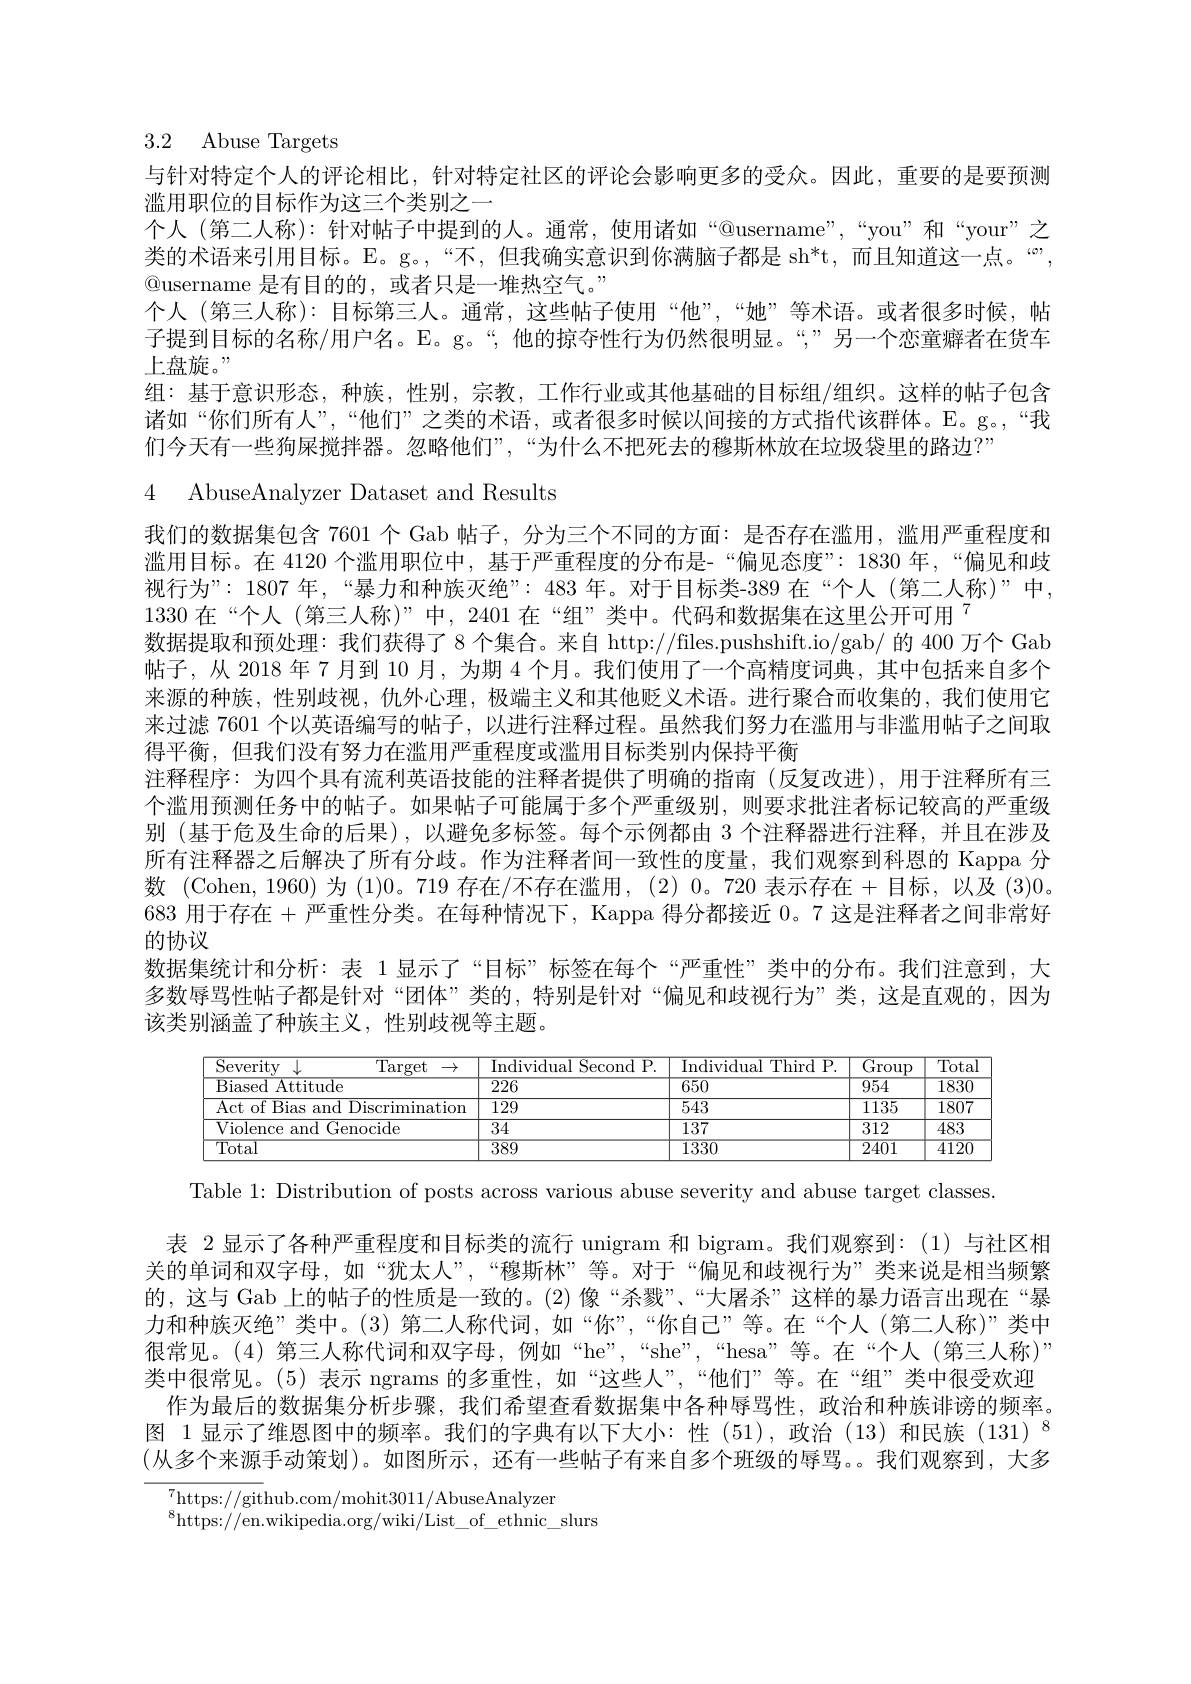
# 3.2 Abuse Targets

与针对特定个人的评论相比，针对特定社区的评论会影响更多的受众。因此，重要的是要预测
滥用职位的目标作为这三个类别之一
个人 (第二人称): 针对帖子中提到的人。通常，使用诸如“@username”,“you”和“your”之类的术语来引用目标。E。g。,“不，但我确实意识到你满脑子都是 sh*t,而且知道这一点。“”, $\textcircled{\mathrm{Q}}$username 是有目的的，或者只是一堆热空气。”
个人 (第三人称): 目标第三人。通常，这些帖子使用“他”,“她”等术语。或者很多时候，帖子提到目标的名称/用户名。E。g。“,他的掠夺性行为仍然很明显。“”另一个恋童癖者在货车上盘旋。,
组：基于意识形态，种族，性别，宗教，工作行业或其他基础的目标组/组织。这样的帖子包含诸如“你们所有人”,“他们”之类的术语，或者很多时候以间接的方式指代该群体。E。g。,“我们今天有一些狗屎搅拌器。忽略他们”,“为什么不把死去的穆斯林放在垃圾袋里的路边？”
4 AbuseAnalyzer Dataset and Results
我们的数据集包含 7601 个 Gab 帖子，分为三个不同的方面：是否存在滥用，滥用严重程度和滥用目标。在 4120 个滥用职位中，基于严重程度的分布是-“偏见态度”: 1830 年，“偏见和歧视行为”: 1807 年，“暴力和种族灭绝”: 483 年。对于目标类-389 在“个人 (第二人称)”中， $1330\text{ 在“个人 (第三人称)”中，2401 在“组”类中。代码和数据集在这里公开可用 }^{7}$
数据提取和预处理：我们获得了8 个集合。来自 http://files.pushshift.io/gab/ 的 400 万个 Gab 帖子，从 2018 年 7 月到 10 月，为期 4 个月。我们使用了一个高精度词典，其中包括来自多个来源的种族，性别歧视，仇外心理，极端主义和其他贬义术语。进行聚合而收集的，我们使用它来过滤 7601 个以英语编写的帖子，以进行注释过程。虽然我们努力在滥用与非滥用帖子之间取得平衡，但我们没有努力在滥用严重程度或滥用目标类别内保持平衡
注释程序：为四个具有流利英语技能的注释者提供了明确的指南(反复改进),用于注释所有三个滥用预测任务中的帖子。如果帖子可能属于多个严重级别，则要求批注者标记较高的严重级别 (基于危及生命的后果),以避免多标签。每个示例都由 3 个注释器进行注释，并且在涉及所有注释器之后解决了所有分歧。作为注释者间一致性的度量，我们观察到科恩的 Kappa 分数 (Cohen, 1960) 为 (1)0。719 存在/不存在滥用，(2) 0。720 表示存在 + 目标，以及 (3)0。683 用于存在 +严重性分类。在每种情况下，Kappa 得分都接近 0。7 这是注释者之间非常好的协议
数据集统计和分析：表 1 显示了“目标”标签在每个“严重性”类中的分布。我们注意到，大多数辱骂性帖子都是针对“团体”类的，特别是针对“偏见和歧视行为”类，这是直观的，因为该类别涵盖了种族主义，性别歧视等主题。

<table>
	<tbody>
		<tr>
			<th>Severity $\operatorname{Target}$ 7 $\downarrow$ $\rightarrow$</th>
			<th>Individual Second P.</th>
			<th>Individual Third P.</th>
			<th>$\overline{\mathrm{Group}}$</th>
			<th>Total</th>
		</tr>
		<tr>
			<td>Biased Attitude</td>
			<td>$\overline{226}$</td>
			<td>$\overline{650}$</td>
			<td>$\overline{954}$</td>
			<td>$\overline{1830}$</td>
		</tr>
		<tr>
			<td>Act of Bias and Discrimination</td>
			<td>$\overline{129}$</td>
			<td>543</td>
			<td>1135</td>
			<td>1807</td>
		</tr>
		<tr>
			<td>Violence e and Genocide</td>
			<td>34</td>
			<td>137</td>
			<td>312</td>
			<td>$\overline{483}$</td>
		</tr>
		<tr>
			<td>$\overline{\mathrm{Total}}$</td>
			<td>$\overline{389}$</td>
			<td>$\overline{1330}$</td>
			<td>$\overline{2401}$</td>
			<td>$\overline{4120}$</td>
		</tr>
	</tbody>
</table>

Table 1: Distribution of posts across various abuse severity and abuse target classes
表 2 显示了各种严重程度和目标类的流行 unigram 和 bigram。我们观察到：(1)与社区相关的单词和双字母，如“犹太人”,“穆斯林”等。对于“偏见和歧视行为”类来说是相当频繁的，这与 Gab 上的帖子的性质是一致的。(2) 像“杀戮”、“大屠杀”这样的暴力语言出现在“暴力和种族灭绝”类中。(3) 第二人称代词，如“你”,“你自己”等。在“个人(第二人称)”类中很常见。(4)第三人称代词和双字母，例如“he”,“she”,“hesa”等。在“个人(第三人称)” 类中很常见。(5)表示 ngrams 的多重性，如“这些人”,“他们”等。在“组”类中很受欢迎
作为最后的数据集分析步骤，我们希望查看数据集中各种辱骂性，政治和种族诽谤的频率。图 1 显示了维恩图中的频率。我们的字典有以下大小：性 (51),政治 (13)和民族 (131) $^{8}$ (从多个来源手动策划)。如图所示，还有一些帖子有来自多个班级的辱骂。我们观察到，大多
$^{7}$https: / / github. com/ mohit3011/ AbuseAnalyzer

$^{8}$https://en.wikipedia.org/wiki/List\_of\_ethnic\_slurs